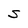
Character: S